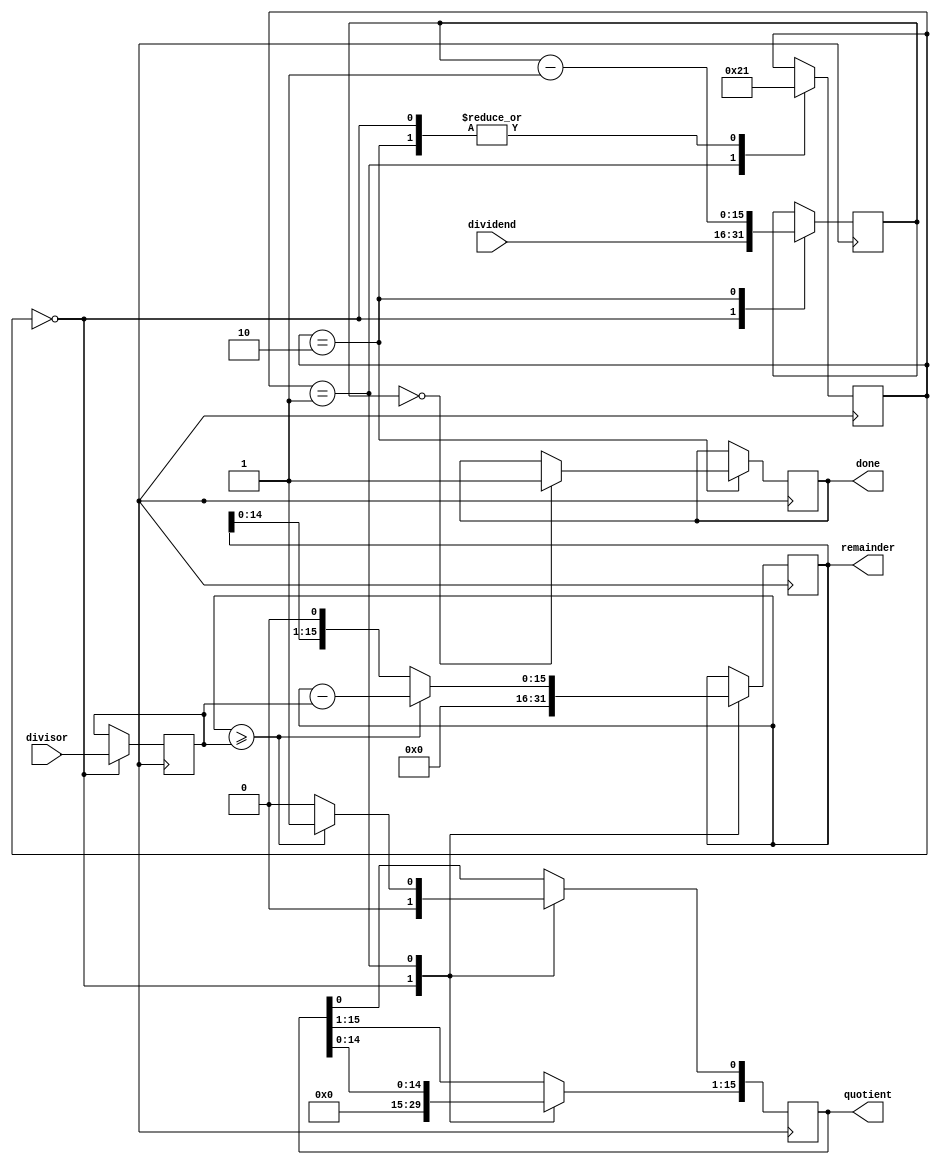
module Pipelined_Divider (
    input wire [15:0] dividend,
    input wire [15:0] divisor,
    output reg [15:0] quotient,
    output reg [15:0] remainder,
    output reg done
);

reg [15:0] dividend_reg;
reg [15:0] divisor_reg;
reg [15:0] quotient_reg;
reg [15:0] remainder_reg;
reg [3:0] state;

always @(posedge clk) begin
    case(state)
        0: begin
            dividend_reg <= dividend;
            divisor_reg <= divisor;
            quotient_reg <= 0;
            remainder_reg <= 0;
            state <= 1;
        end
        1: begin
            quotient_reg <= quotient_reg << 1;
            remainder_reg <= remainder_reg << 1;
            if(remainder_reg >= divisor_reg) begin
                remainder_reg <= remainder_reg - divisor_reg;
                quotient_reg[0] <= 1;
            end
            state <= 2;
        end
        2: begin
            if(dividend_reg == 0) begin
                done <= 1;
                state <= 0;
            end
            dividend_reg <= dividend_reg - 1;
            state <= 1;
        end
    endcase
end

assign quotient = quotient_reg;
assign remainder = remainder_reg;

endmodule